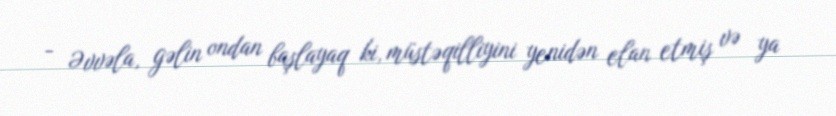
- Əvvəla, gəlin ondan başlayaq ki, müstəqilliyini yenidən elan etmiş və ya